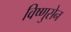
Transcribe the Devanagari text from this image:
विष्णुसेन